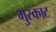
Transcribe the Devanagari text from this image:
भुस्काट